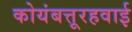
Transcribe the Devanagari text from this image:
कोयंबत्तूरहवाई